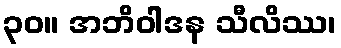
၃၀။ အဘိဝါဒန သီလိဿ၊